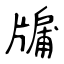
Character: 牖